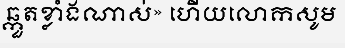
ឆ្កួតខ្លាំងណាស់» ហើយលោកសូម